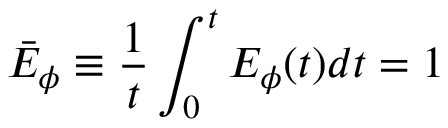
\bar { E } _ { \phi } \equiv \frac 1 t \int _ { 0 } ^ { t } E _ { \phi } ( t ) d t = 1